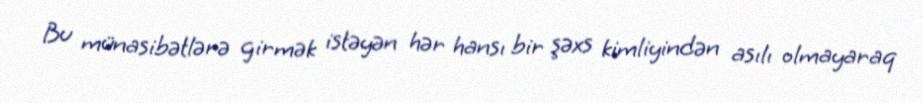
Bu münasibətlərə girmək istəyən hər hansı bir şəxs kimliyindən asılı olmayaraq